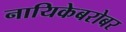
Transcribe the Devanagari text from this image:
नायिकेबरोबर